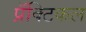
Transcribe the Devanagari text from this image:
प्रॅक्टिकल